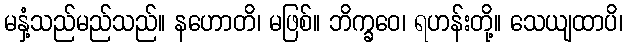
မနှံ့သည်မည်သည်။ နဟောတိ၊ မဖြစ်။ ဘိက္ခဝေ၊ ရဟန်းတို့။ သေယျထာပိ၊